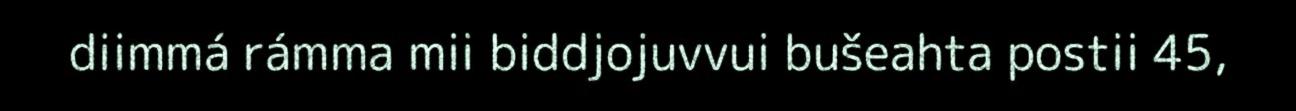
diimmá rámma mii biddjojuvvui bušeahta postii 45,